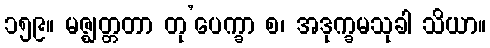
၁၅၉။ မဇ္ဈတ္တတာ တု’ပေက္ခာ စ၊ အဒုက္ခမသုခါ သိယာ။